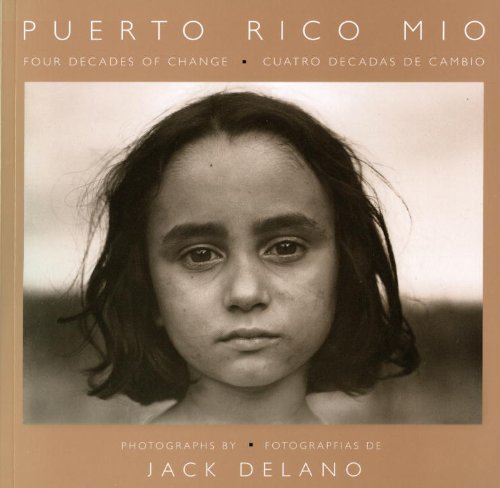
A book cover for Puerto Rico Mio; Arturo Carrion; History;